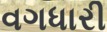
વગધારી